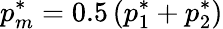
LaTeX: p_{m}^{*}=0.5\left(p_{1}^{*}+p_{2}^{*}\right)